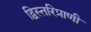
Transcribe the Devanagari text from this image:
द्विस्तरिप्राणी